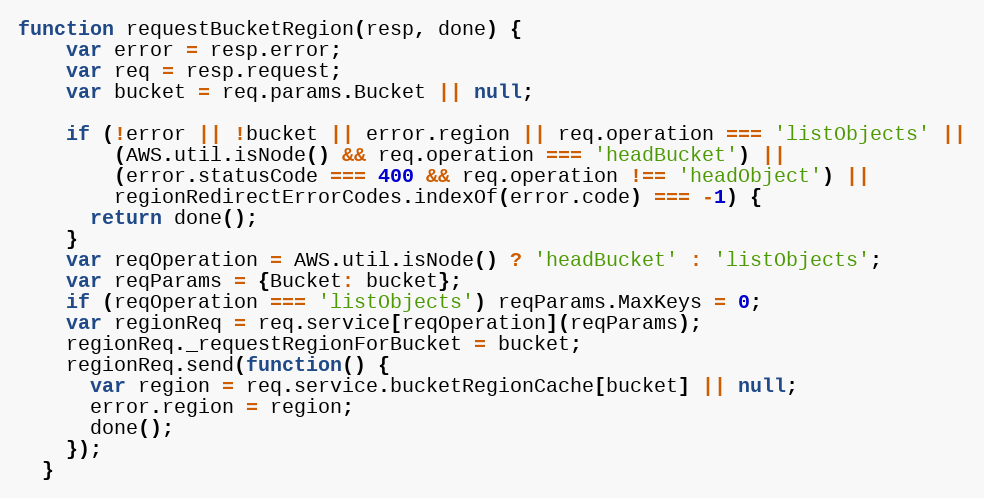
Language: JavaScript
function requestBucketRegion(resp, done) {
    var error = resp.error;
    var req = resp.request;
    var bucket = req.params.Bucket || null;

    if (!error || !bucket || error.region || req.operation === 'listObjects' ||
        (AWS.util.isNode() && req.operation === 'headBucket') ||
        (error.statusCode === 400 && req.operation !== 'headObject') ||
        regionRedirectErrorCodes.indexOf(error.code) === -1) {
      return done();
    }
    var reqOperation = AWS.util.isNode() ? 'headBucket' : 'listObjects';
    var reqParams = {Bucket: bucket};
    if (reqOperation === 'listObjects') reqParams.MaxKeys = 0;
    var regionReq = req.service[reqOperation](reqParams);
    regionReq._requestRegionForBucket = bucket;
    regionReq.send(function() {
      var region = req.service.bucketRegionCache[bucket] || null;
      error.region = region;
      done();
    });
  }